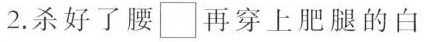
2.杀好了腰\Box 再穿上肥腿的白